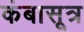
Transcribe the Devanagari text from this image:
कंबासूत्र